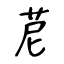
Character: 苨